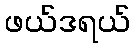
ဖယ်ဒရယ်